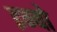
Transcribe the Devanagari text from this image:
इन्यो